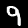
Digit: 9